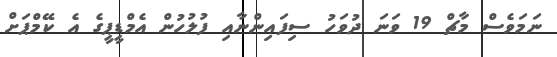
ނަމަވެސް މާޗް 19 ވަނަ ދުވަހު ސިފައިންނާއި ފުލުހުން އެމްޑީޕީގެ އެ ކޭމްޕަށް